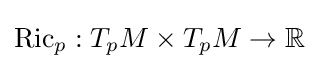
\operatorname {Ric} _{p}:T_{p}M\times T_{p}M\rightarrow \mathbb {R}